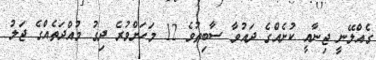
ގެއްލޭނީ ޖިނާއީ ކުށެއްގެ ދައުވާ ސާބިތުވެ 12 މަހަށްވުރެ ދިގު މުއްދަތެއްގެ ޖަލު